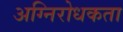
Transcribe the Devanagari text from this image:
अग्निरोधकता